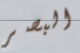
البصر